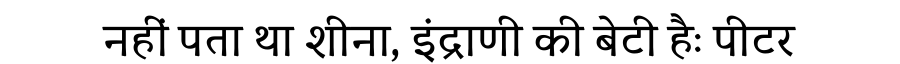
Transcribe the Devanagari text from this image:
नहीं पता था शीना, इंद्राणी की बेटी हैः पीटर